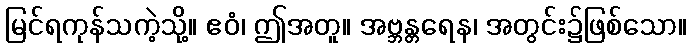
မြင်ရကုန်သကဲ့သို့။ ဧဝံ၊ ဤအတူ။ အဗ္ဘန္တရေန၊ အတွင်း၌ဖြစ်သော။